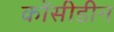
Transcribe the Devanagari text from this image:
कोंसीडीन